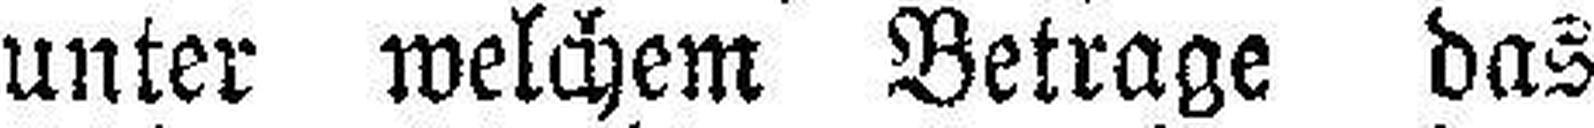
unter welchem Betrage das